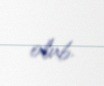
olub.